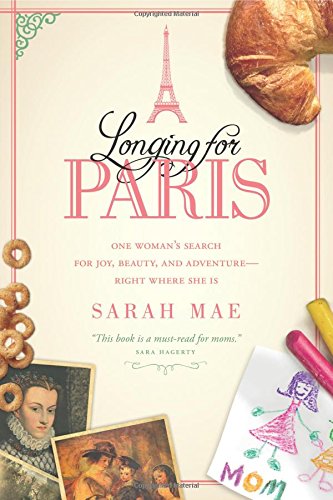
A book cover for Longing for Paris: One Woman's Search for Joy, Beauty, and Adventure-Right Where She Is; Sarah Mae; Christian Books & Bibles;